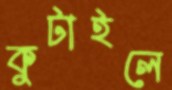
কুটাইলে